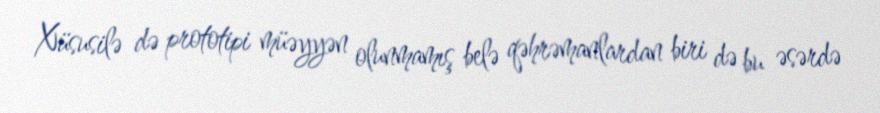
Xüsusilə də prototipi müəyyən olunmamış belə qəhrəmanlardan biri də bu əsərdə